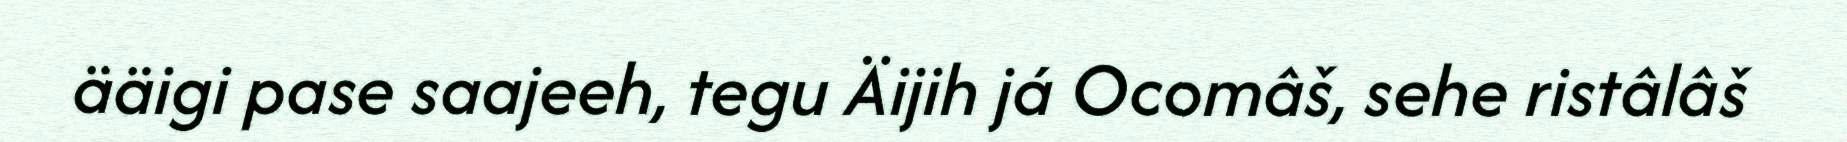
ääigi pase saajeeh, tegu Äijih já Ocomâš, sehe ristâlâš